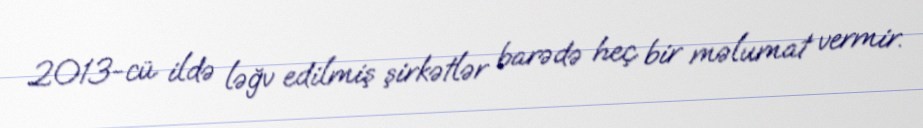
2013-cü ildə ləğv edilmiş şirkətlər barədə heç bir məlumat vermir.